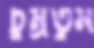
চুম্‌রতুম